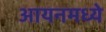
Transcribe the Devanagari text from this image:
आयनमध्ये